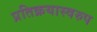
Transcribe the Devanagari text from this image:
प्रतिक्रयास्वरुप